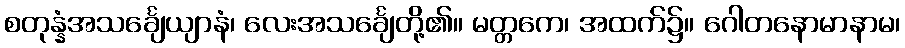
စတုန္နံအသင်္ချေယျာနံ၊ လေးအသင်္ချေတို့၏။ မတ္တကေ၊ အထက်၌။ ဂေါတနောမာနာမ၊